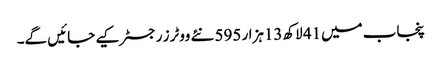
پنجاب میں41 لاکھ13ہزار 595 نئے ووٹرز رجسٹر کیے جائیں گے۔